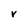
Character: V